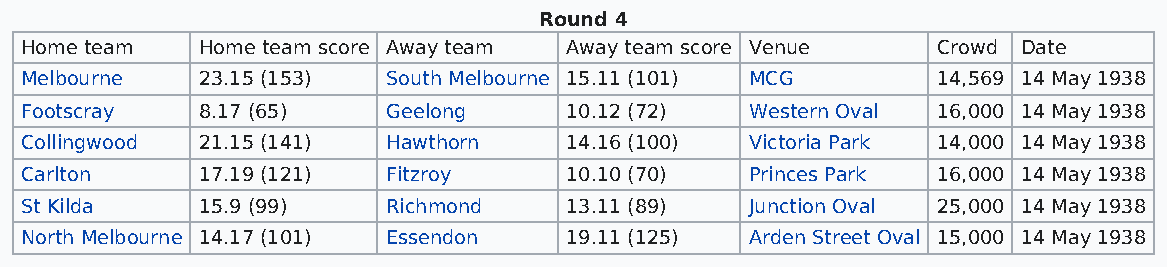
Round 4
 Home team   Home team score Away team Away team score Venue  Crowd Date
 Melbourne   23.15 (153)  South Melbourne 15.11 (101) MCG     14,569 14 May 1938
 Footscray   8.17 (65)    Geelong    10.12 (72)   Western Oval 16,000 14 May 1938
 Collingwood 21.15 (141)  Hawthorn   14.16 (100)  Victoria Park 14,000 14 May 1938
 Carlton     17.19 (121)  Fitzroy    10.10 (70)   Princes Park 16,000 14 May 1938
 St Kilda    15.9 (99)    Richmond   13.11 (89)   Junction Oval 25,000 14 May 1938
 North Melbourne 14.17 (101) Essendon 19.11 (125) Arden Street Oval 15,000 14 May 1938